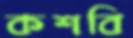
কশবি